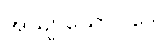
အယျာယောဝါဒေါ